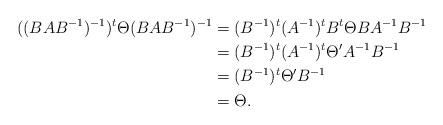
LaTeX: \begin{align*}((BAB^{-1})^{-1})^t \Theta (BAB^{-1})^{-1} &=(B^{-1})^t(A^{-1})^tB^t\Theta BA^{-1}B^{-1}\\ &= (B^{-1})^t(A^{-1})^t\Theta' A^{-1}B^{-1} \\ &= (B^{-1})^t\Theta' B^{-1} \\ &= \Theta. \end{align*}